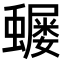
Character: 𮕅